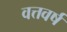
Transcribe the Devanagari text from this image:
वत्तवर्ष